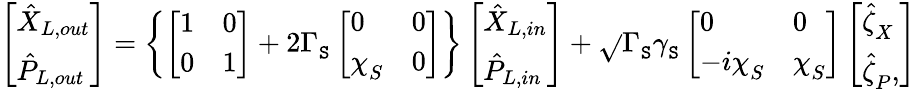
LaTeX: \left[\begin{array}{l}{\hat{X}_{L,out}}\\ {\hat{P}_{L,out}}\end{array}\right]=\left\{ \left[\begin{array}{ll}{1}&{0}\\ {0}&{1}\end{array}\right]+2\Gamma_{\mathtt{S}}^{}\left[\begin{array}{ll}{0}&{0}\\ {\chi_{S}^{}}&{0}\end{array}\right]\right\} \left[\begin{array}{l}{\hat{X}_{L,in}}\\ {\hat{P}_{L,in}}\end{array}\right]+\sqrt{}{{\Gamma_{\mathtt{S}}^{}\gamma_{\mathtt{S}}^{}}}\left[\begin{array}{ll}{0}&{0}\\ {-i\chi_{S}^{}}&{\chi_{S}^{}}\end{array}\right]\left[\begin{array}{l}{\hat{\zeta}_{X}^{}}\\ {\hat{\zeta}_{P}^{},}\end{array}\right]